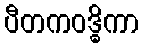
ပီတကဝဒ္ဓိကာ